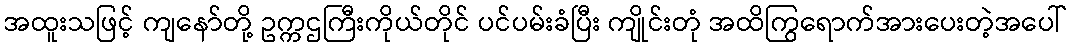
အထူးသဖြင့် ကျနော်တို့ ဥက္ကဌကြီးကိုယ်တိုင် ပင်ပမ်းခံပြီး ကျိုင်းတုံ အထိကြွရောက်အားပေးတဲ့အပေါ်